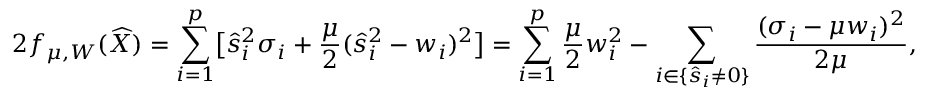
2 f _ { \mu , W } ( \widehat { X } ) = \sum _ { i = 1 } ^ { p } \bigl [ \hat { s } _ { i } ^ { 2 } \sigma _ { i } + \frac { \mu } { 2 } ( \hat { s } _ { i } ^ { 2 } - w _ { i } ) ^ { 2 } \bigr ] = \sum _ { i = 1 } ^ { p } \frac { \mu } { 2 } w _ { i } ^ { 2 } - \sum _ { i \in \{ \hat { s } _ { i } \neq 0 \} } \frac { ( \sigma _ { i } - \mu w _ { i } ) ^ { 2 } } { 2 \mu } ,